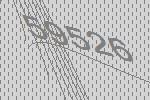
59526